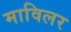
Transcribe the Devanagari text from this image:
माविलर